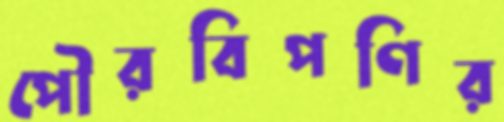
পৌরবিপণির